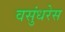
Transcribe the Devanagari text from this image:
वसुंधरेस